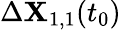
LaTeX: \Delta\mathbf{X}_{1,1}(t_{0})